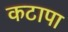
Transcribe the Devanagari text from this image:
कटापा